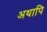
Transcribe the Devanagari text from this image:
अथापि